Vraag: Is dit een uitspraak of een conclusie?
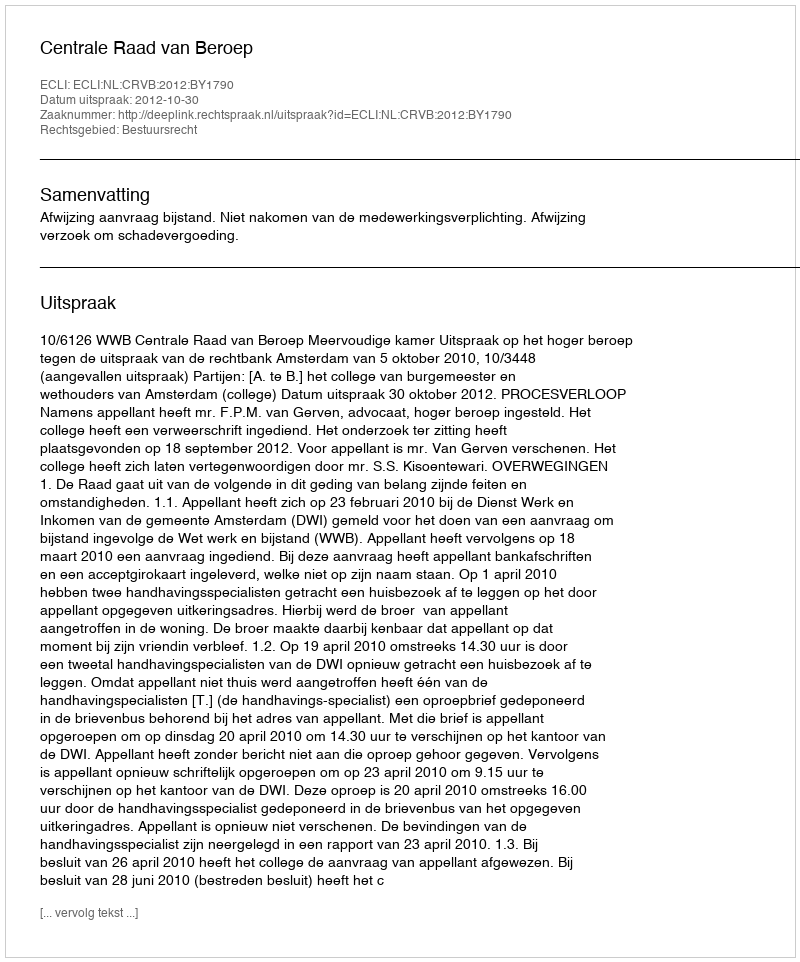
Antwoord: Uitspraak